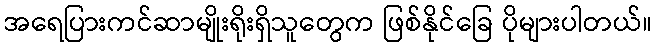
အရေပြားကင်ဆာမျိုးရိုးရှိသူတွေက ဖြစ်နိုင်ခြေ ပိုများပါတယ်။